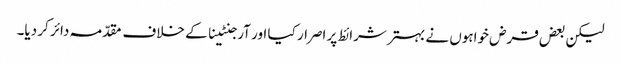
لیکن بعض قرض خواہوں نے بہتر شرائط پر اصرار کیا اور آرجنٹینا کے خلاف مقدّمہ دائر کر دیا۔